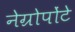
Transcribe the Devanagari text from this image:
नेग्रोपोंटे